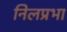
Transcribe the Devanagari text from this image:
निलप्रभा